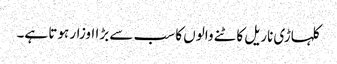
کلہاڑی ناریل کاٹنے والوں کا سب سے بڑا اوزار ہوتا ہے۔